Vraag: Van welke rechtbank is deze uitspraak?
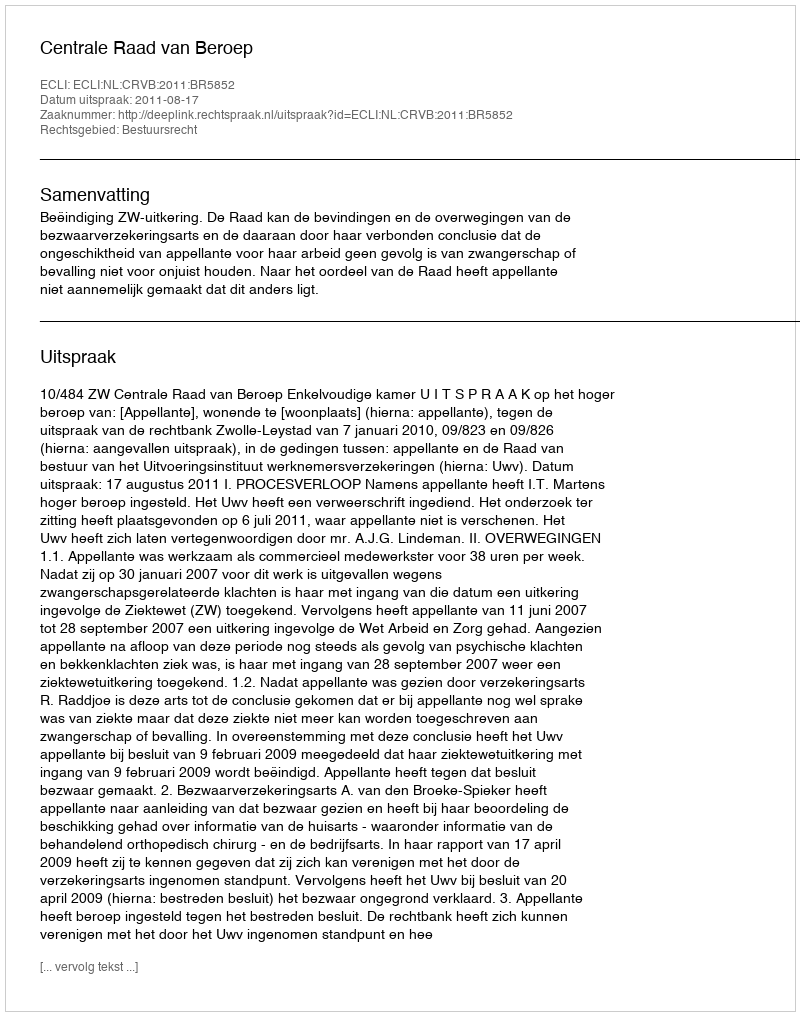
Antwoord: Centrale Raad van Beroep